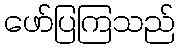
ဖော်ပြကြသည်